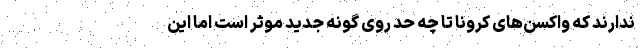
ندارند که واکسن‌های کرونا تا چه حد روی گونه‌ جدید موثر است اما این